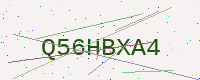
Text: Q56HBXA4